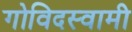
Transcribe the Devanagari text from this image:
गोविदस्वामी